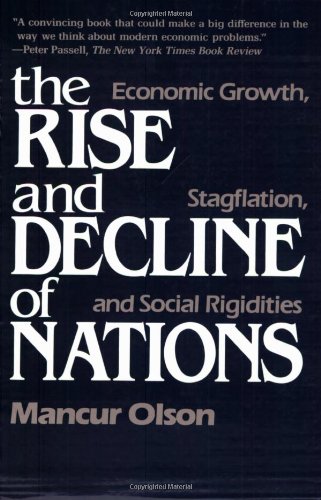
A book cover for The Rise and Decline of Nations: Economic Growth, Stagflation, and Social Rigidities; Mancur Olson; History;